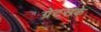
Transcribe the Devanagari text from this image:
ग्रेटसके